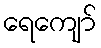
ရေကျော်